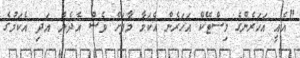
"އެއީ އަހަރެންގެ މިސްޓޭކް އަހަރެން އެކަމާ މާފަށް ވެސް އެދެން އަދި އެކަމުގެ